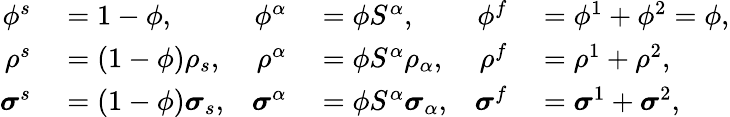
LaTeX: \begin{array}{rlrlrl}{\phi^{s}}&{{}=1-\phi,}&{\phi^{\alpha}}&{{}=\phi S^{\alpha},}&{\phi^{f}}&{{}=\phi^{1}+\phi^{2}=\phi,}\\ {\rho^{s}}&{{}=(1-\phi)\rho_{s},}&{\rho^{\alpha}}&{{}=\phi S^{\alpha}\rho_{\alpha},}&{\rho^{f}}&{{}=\rho^{1}+\rho^{2},}\\ {\boldsymbol{\sigma}^{s}}&{{}=(1-\phi)\boldsymbol{\sigma}_{s},}&{\boldsymbol{\sigma}^{\alpha}}&{{}=\phi S^{\alpha}\boldsymbol{\sigma}_{\alpha},}&{\boldsymbol{\sigma}^{f}}&{{}=\boldsymbol{\sigma}^{1}+\boldsymbol{\sigma}^{2},}\end{array}